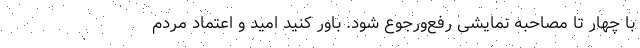
با چهار تا مصاحبه نمایشی رفع‌و‌رجوع شود. باور کنید امید و اعتماد مردم